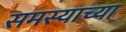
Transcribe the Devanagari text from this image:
समस्याच्या